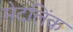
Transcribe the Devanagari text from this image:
मेटलिंक